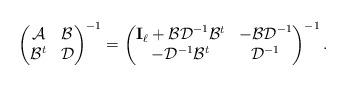
LaTeX: \begin{align*}\begin{pmatrix}\mathcal A & \mathcal B \\\mathcal B^t & \mathcal D \\\end{pmatrix}^{-1} = \begin{pmatrix}\mathbf I_\ell + \mathcal{BD}^{-1}\mathcal B^t & -\mathcal{BD}^{-1} \\-\mathcal D^{-1}\mathcal B^t & \mathcal D^{-1} \\\end{pmatrix}^{-1}.\end{align*}